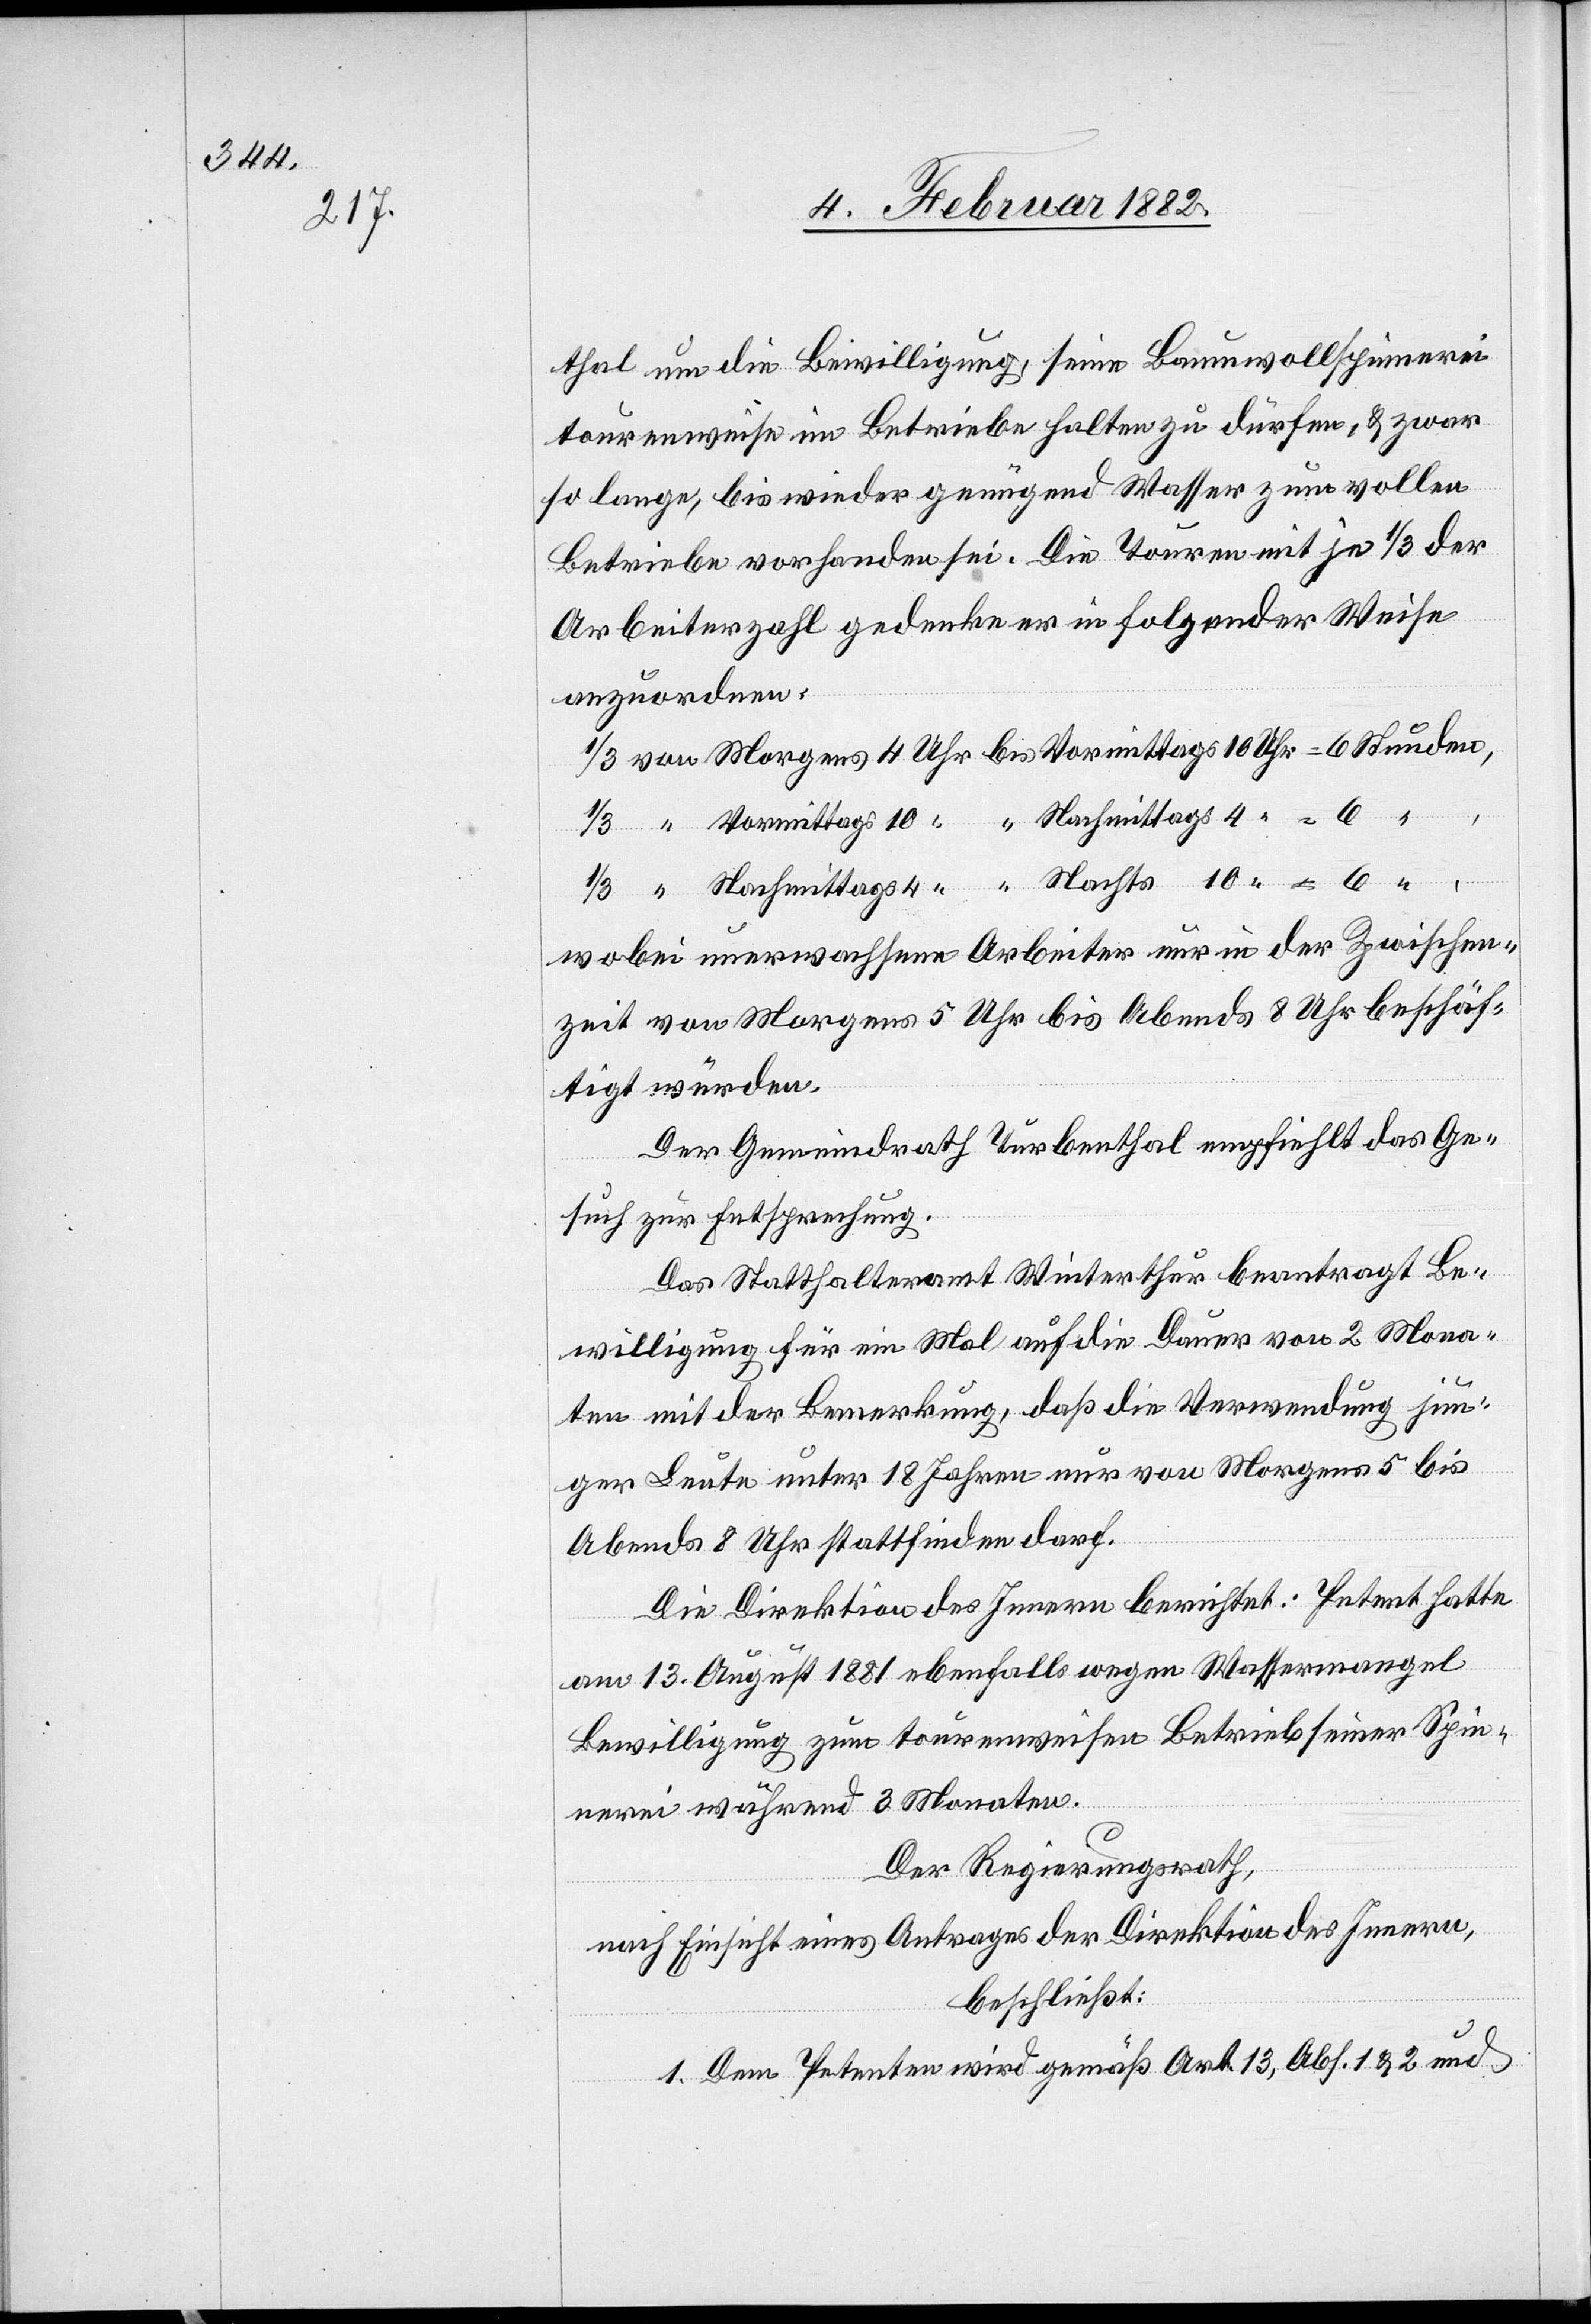
thal um die Bewilligung, seine Baumwollspinnerei
tourenweise in Betriebe halten zu dürfen, & zwar
so lange, bis wieder genügend Wasser zum vollen
Betriebe vorhanden sei. Die Touren mit je 1/3 der
Arbeiterzahl gedenke er in folgender Weise
anzuordnen:
1/3 von Morgens 		4 Uhr bis 	Vormittags 		10 Uhr 	= 6 Stunden
Nachmittags 4
wobei unerwachsene Arbeiter nur in der Zwischen¬
zeit von Morgens 5 Uhr bis Abends 8 Uhr beschäf¬
tigt würden.
Der Gemeindrath Turbenthal empfiehlt das Ge¬
such zur Entsprechung.
Das Statthalteramt Winterthur beantragt Be¬
willigung für ein Mal auf die Dauer von 2 Mona¬
ten mit der Bemerkung, daß die Verwendung jun¬
ger Leute unter 18 Jahren nur von Morgens 5 Uhr bis
Abends 8 Uhr stattfinden darf.
Die Direktion des Innern berichtet: Petent hatte
am 13. August 1881 ebenfalls wegen Wassermangel
Bewilligung zum tourenweise Betrieb seiner Spin¬
nerei währen 3 Monaten.
Der Regierungsrath,
nach Einsicht eines Antrages der Direktion des Innern,
beschließt:
1. Dem Petenten wird gemäß Art. 13, Abs. 1 & 2 und